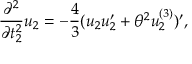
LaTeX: \frac { \partial ^ { 2 } } { \partial t _ { 2 } ^ { 2 } } u _ { 2 } = - \frac { 4 } { 3 } ( u _ { 2 } u _ { 2 } ^ { \prime } + { \theta } ^ { 2 } u _ { 2 } ^ { ( 3 ) } ) ^ { \prime } ,